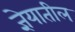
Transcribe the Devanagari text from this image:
ज्ञेयातील